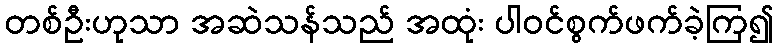
တစ်ဦးဟုသာ အဆဲသန်သည် အထုံး ပါဝင်စွက်ဖက်ခဲ့ကြ၍